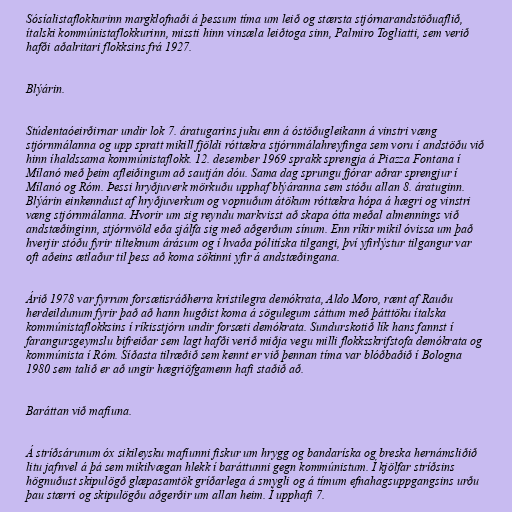
Sósíalistaflokkurinn margklofnaði á þessum tíma um leið og stærsta stjórnarandstöðuaflið,
ítalski kommúnistaflokkurinn, missti hinn vinsæla leiðtoga sinn, Palmiro Togliatti, sem verið
hafði aðalritari flokksins frá 1927.

Blýárin.

Stúdentaóeirðirnar undir lok 7. áratugarins juku enn á óstöðugleikann á vinstri væng
stjórnmálanna og upp spratt mikill fjöldi róttækra stjórnmálahreyfinga sem voru í andstöðu við
hinn íhaldssama kommúnistaflokk. 12. desember 1969 sprakk sprengja á Piazza Fontana í
Mílanó með þeim afleiðingum að sautján dóu. Sama dag sprungu fjórar aðrar sprengjur í
Mílanó og Róm. Þessi hryðjuverk mörkuðu upphaf blýáranna sem stóðu allan 8. áratuginn.
Blýárin einkenndust af hryðjuverkum og vopnuðum átökum róttækra hópa á hægri og vinstri
væng stjórnmálanna. Hvorir um sig reyndu markvisst að skapa ótta meðal almennings við
andstæðinginn, stjórnvöld eða sjálfa sig með aðgerðum sínum. Enn ríkir mikil óvissa um það
hverjir stóðu fyrir tilteknum árásum og í hvaða pólitíska tilgangi, því yfirlýstur tilgangur var
oft aðeins ætlaður til þess að koma sökinni yfir á andstæðingana.

Árið 1978 var fyrrum forsætisráðherra kristilegra demókrata, Aldo Moro, rænt af Rauðu
herdeildunum fyrir það að hann hugðist koma á sögulegum sáttum með þátttöku ítalska
kommúnistaflokksins í ríkisstjórn undir forsæti demókrata. Sundurskotið lík hans fannst í
farangursgeymslu bifreiðar sem lagt hafði verið miðja vegu milli flokksskrifstofa demókrata og
kommúnista í Róm. Síðasta tilræðið sem kennt er við þennan tíma var blóðbaðið í Bologna
1980 sem talið er að ungir hægriöfgamenn hafi staðið að.

Baráttan við mafíuna.

Á stríðsárunum óx sikileysku mafíunni fiskur um hrygg og bandaríska og breska hernámsliðið
litu jafnvel á þá sem mikilvægan hlekk í baráttunni gegn kommúnistum. Í kjölfar stríðsins
högnuðust skipulögð glæpasamtök gríðarlega á smygli og á tímum efnahagsuppgangsins urðu
þau stærri og skipulögðu aðgerðir um allan heim. Í upphafi 7.